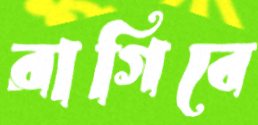
রাগিবে